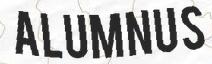
ALUMNUS